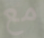
مع